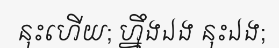
នុះហើយ; ហ្នឹងឯង នុះឯង;